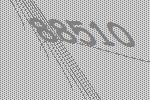
88510